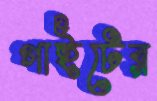
গাইটের